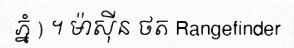
ភ្នំ ) ។ ម៉ាស៊ីន ថត Rangefinder